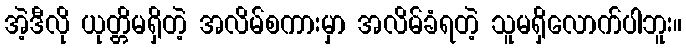
အဲ့ဒီလို ယုတ္တိမရှိတဲ့ အလိမ်စကားမှာ အလိမ်ခံရတဲ့ သူမရှိလောက်ပါဘူး။